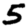
Digit: 5